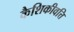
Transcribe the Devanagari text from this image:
कैशिकीवत्ति